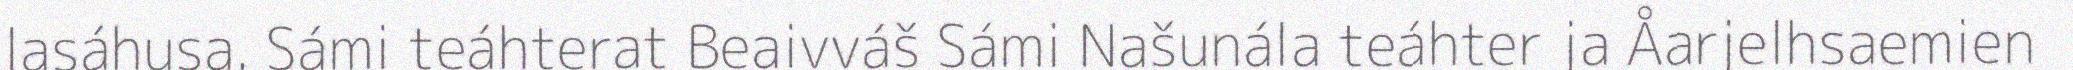
lasáhusa. Sámi teáhterat Beaivváš Sámi Našunála teáhter ja Åarjelhsaemien